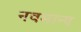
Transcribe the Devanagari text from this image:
नवमान्य